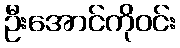
ဦးအောင်ကိုဝင်း